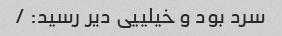
سرد بود و خیلییی دیر رسید: /